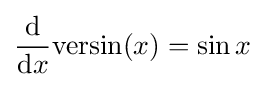
{\frac {\mathrm {d} }{\mathrm {d} x}}\mathrm {versin} (x)=\sin {x}